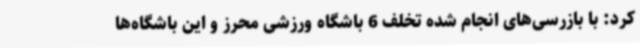
کرد: با بازرسی‌های انجام شده تخلف 6 باشگاه ورزشی محرز و این باشگاه‌ها